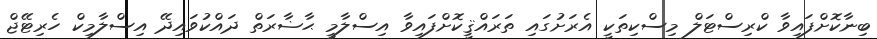
ބިނާކޮށްފައިވާ ކްރިސްޓަލް މިސްކިތަކީ އެރަށުގައި ތަރައްޤީކޮށްފައިވާ އިސްލާމީ ޙާޟާރަތް ދައްކުވައިދޭ އިސްލާމިކް ހެރިޓޭޖް